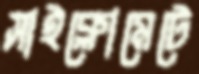
সাইক্লোমেটে